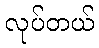
လုပ်တယ်